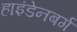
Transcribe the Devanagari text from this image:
हाइंडेनबर्ग